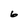
Character: 6